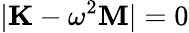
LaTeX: |\mathbf{K}-\omega^{2}\mathbf{M}|=0